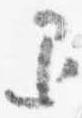
退